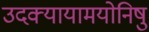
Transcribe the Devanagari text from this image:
उदक्यायामयोनिषु